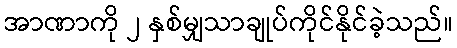
အာဏာကို ၂ နှစ်မျှသာချုပ်ကိုင်နိုင်ခဲ့သည်။